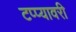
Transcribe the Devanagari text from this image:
टप्प्यावरी